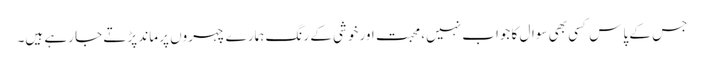
جس کے پاس کسی بھی سوال کا جواب نہیں، محبت اور خوشی کے رنگ ہمارے چہروں پر ماند پڑتے جا رہے ہیں۔